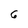
Character: 6